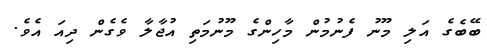
ބޭބެގެ އަލި މޫނު ފެނުމުން މާހިންގެ މޫނުމަތި އުޖާލާ ވެގެން ދިއަ އެވެ.